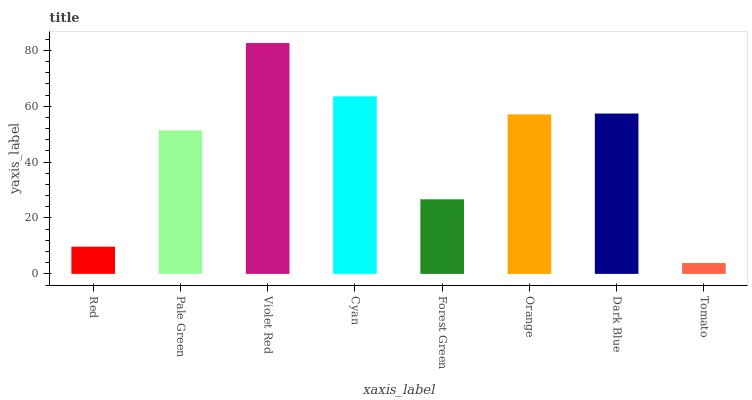
| xaxis_label | bars |
 | --- | --- |
 | Red | 9.72 |
 | Pale Green | 51.3 |
 | Violet Red | 82.6 |
 | Cyan | 63.5 |
 | Forest Green | 26.7 |
 | Orange | 57.1 |
 | Dark Blue | 57.4 |
 | Tomato | 3.88 |